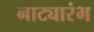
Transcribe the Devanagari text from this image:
नाट्यारंभ